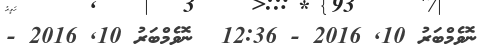
ނޮވެމްބަރު 10